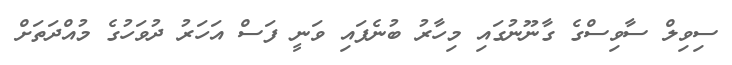
ސިވިލް ސާވިސްގެ ގާނޫނުގައި މިހާރު ބުނެފައި ވަނީ ފަސް އަހަރު ދުވަހުގެ މުއްދަތަށް